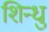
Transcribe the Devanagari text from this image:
शिन्धु